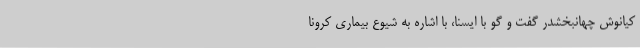
کیانوش چهانبخشدر گفت و گو با ایسنا، با اشاره به شیوع بیماری کرونا